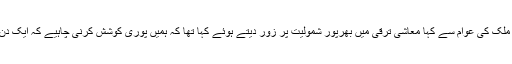
یہ بیان دیتے وقت شاید وہ اپنے وزیر اعظم کا وہ بیان بھول گئیں جس میں انہوں نے ملک کی عوام سے کہا معاشی ترقی میں بھرپور شمولیت پر زور دیتے ہوئے کہا تھا کہ ہمیں پوری کوشش کرنی چاہیے کہ ایک دن ایسا آئے کہ عالمی منڈی میں پائے جانے والے ہر سامان پر ہندوستانی مہر ثبت ہو۔